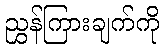
ညွှန်ကြားချက်ကို